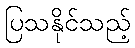
ပြသနိုင်သည့်